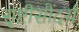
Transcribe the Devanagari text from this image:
सृष्टीसौंदर्य